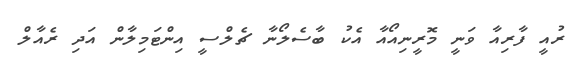
ރުއީ ފާރިއާ ވަނީ މޮރީނިއޯއާ އެކު ބާސެލޯނާ ޗެލްސީ އިންޓަމިލާން އަދި ރެއާލް